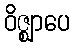
ဝိဇ္ဈာပေ